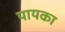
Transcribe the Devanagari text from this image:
पायका